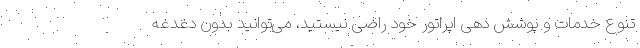
تنوع خدمات و پوشش دهی اپراتور خود راضی نیستید، می‌توانید بدون دغدغه‌